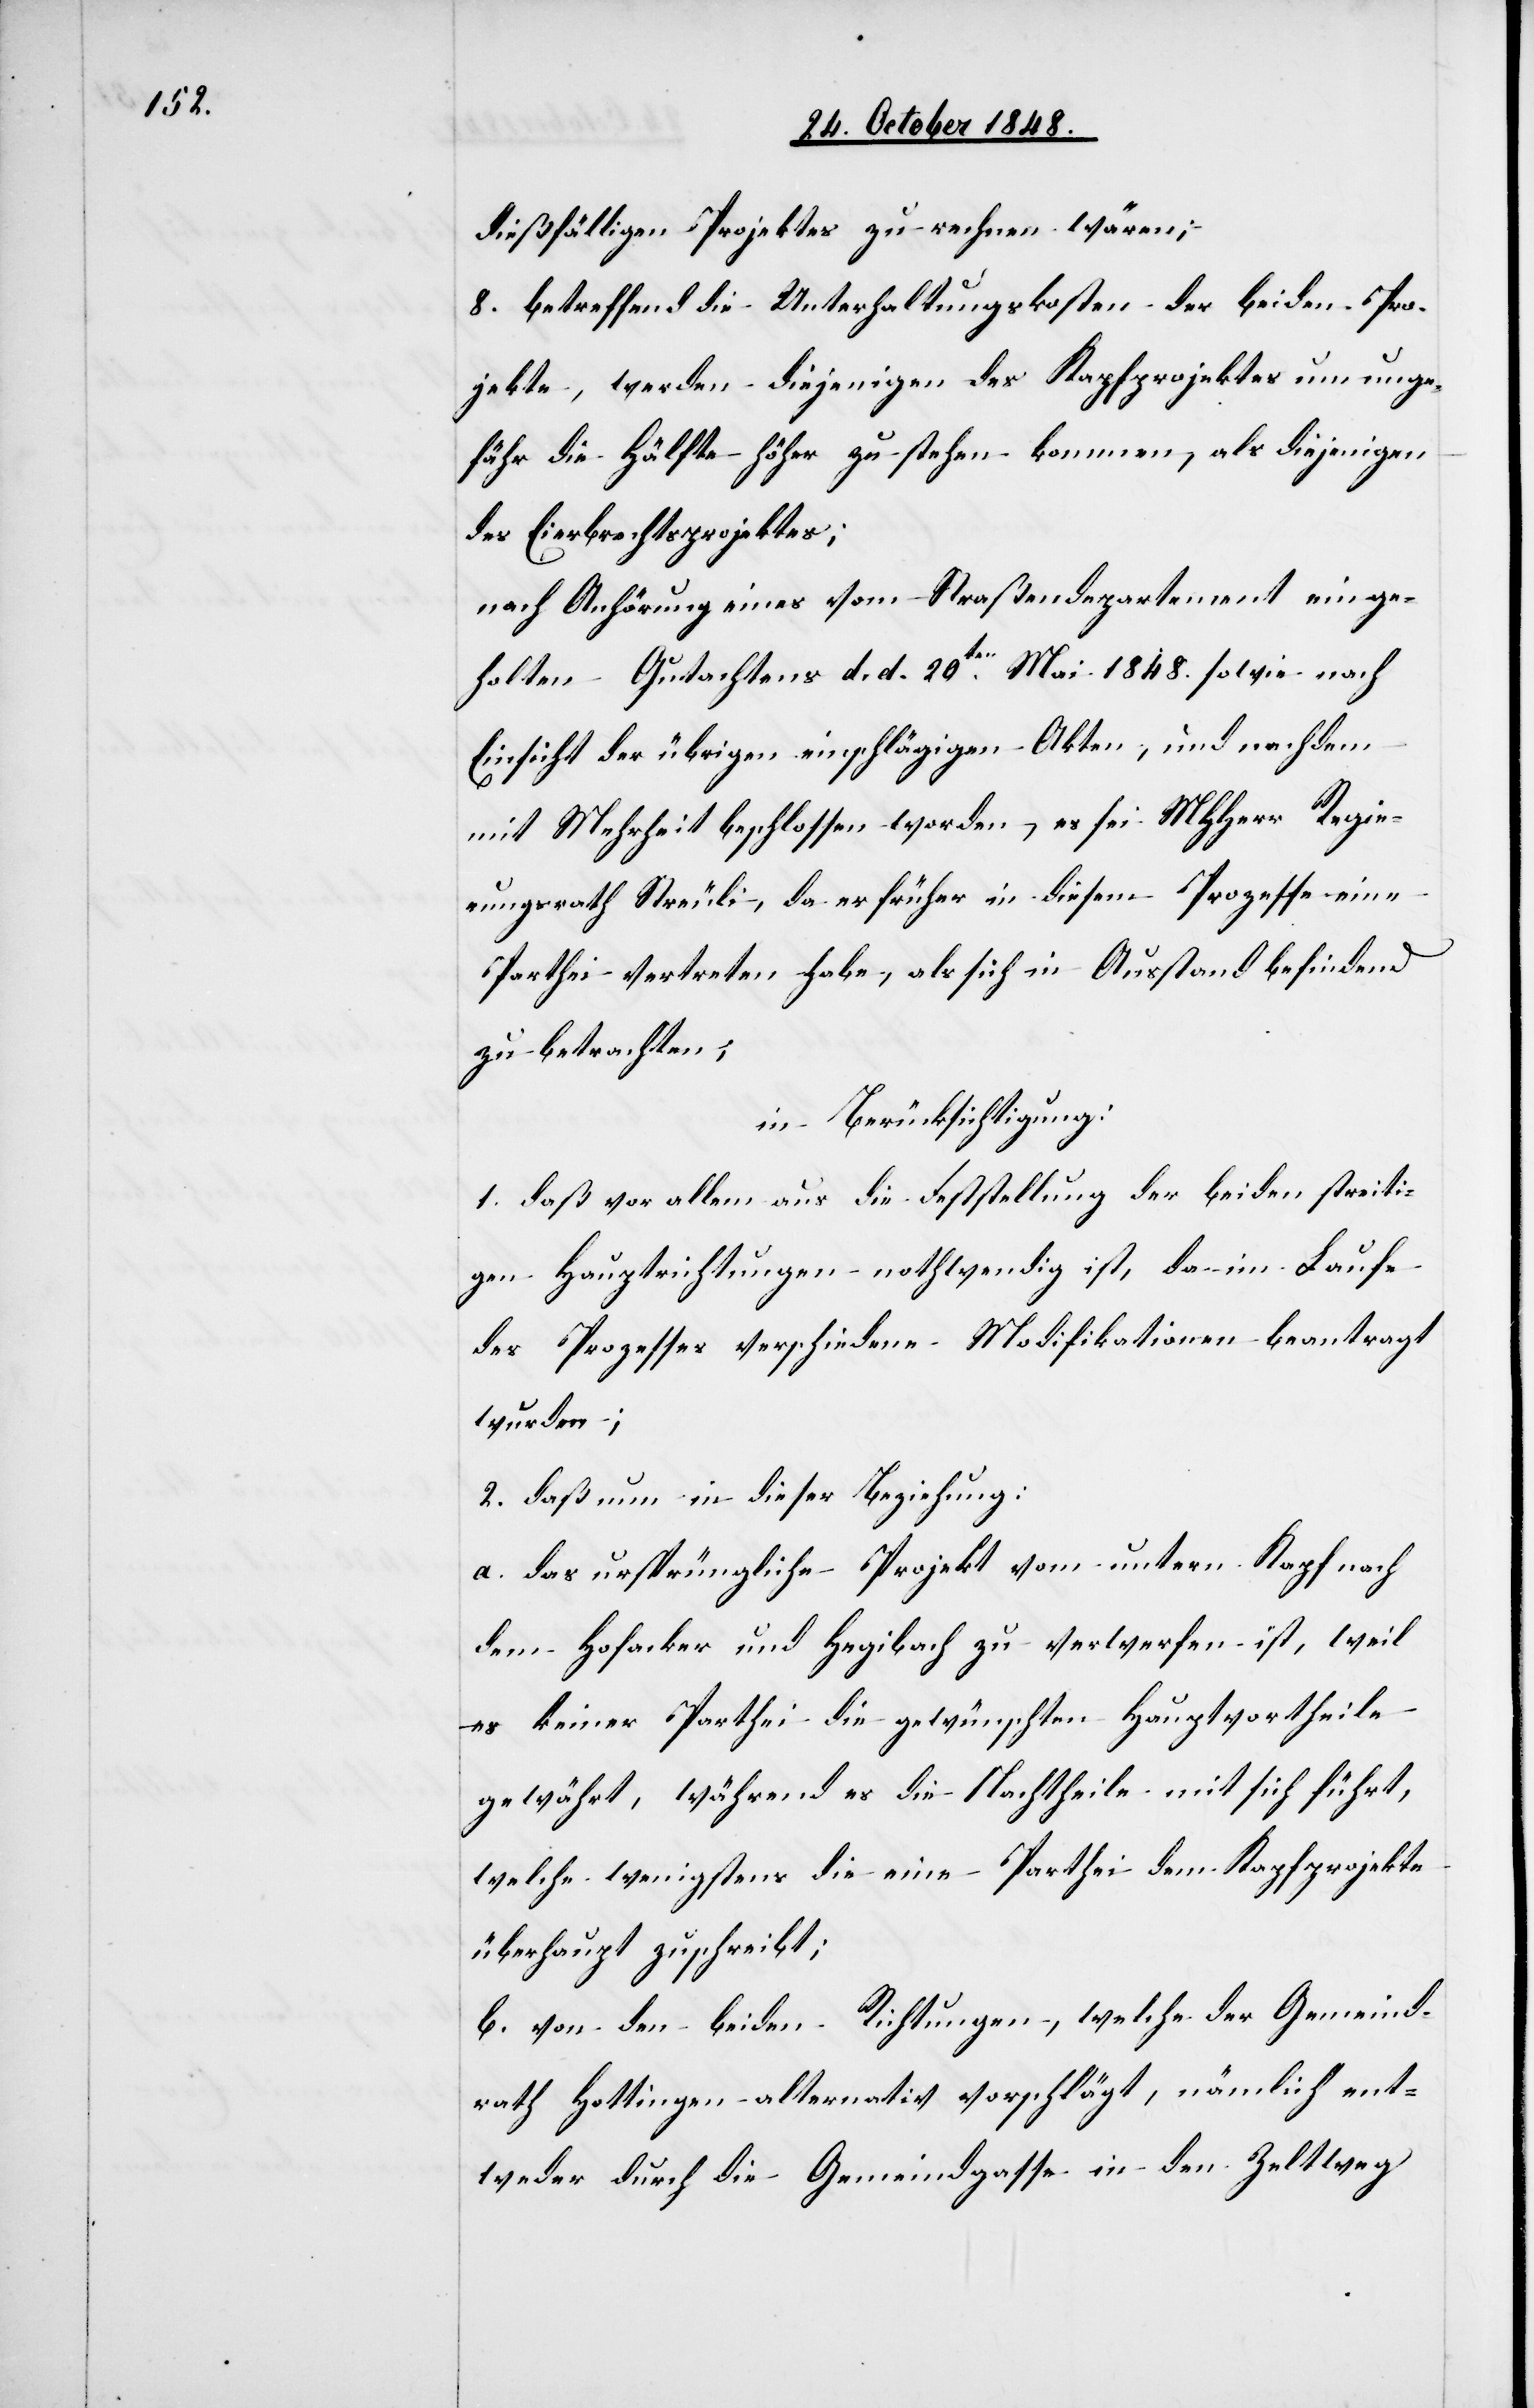
dießfälligen Projektes zu rechnen wären;
8. betreffend die Unterhaltungskosten der beiden Pro¬
jekte, werden diejenigen des Kapfprojektes um unge¬
fähr die Hälfte höher zu stehen kommen, als diejenigen
des Eierbrechtsprojektes;
nach Anhörung eines vom Straßendepartement einge¬
holten Gutachtens d. d. 20ten Mai 1848. sowie nach
Einsicht der übrigen einschlägigen Akten, und nachdem
mit Mehrheit beschlossen worden, es sei MHHerr Regie¬
rungsrath Streuli, da er früher in diesem Prozesse eine
Parthei vertreten habe, als sich in Ausstand befindend
zu betrachten;
in Berücksichtigung:
1. daß vor allem aus die Feststellung der beiden streiti¬
gen Hauptrichtungen nothwendig ist, da im Laufe
des Prozesses verschiedene Modifikationen beantragt
wurden;
2. daß nun in dieser Beziehung:
a. das ursprüngliche Projekt vom untern Kapf nach
dem Hofacker und Hegibach zu verwerfen ist, weil
es keiner Parthei die gewünschten Hauptvortheile
gewährt, während es die Nachtheile mit sich führt,
welche wenigstens die eine Parthei dem Kapfprojekte
überhaupt zuschreibt;
b. von den beiden Richtungen, welche der Gemeind¬
rath Hottingen alternativ vorschlägt, nämlich ent¬
weder durch die Gemeindgasse in den Zeltweg